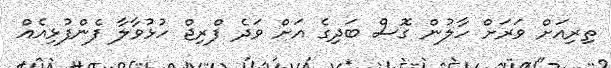
ތިރިއަށް ވަރަށް ހާލުން ގޮސް ބަދިގެ އަށް ވަދެ ފްރިޖް ހުޅުވާލާ ފެންފުޅިއެއް